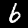
Digit: 6